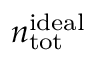
n _ { \mathrm { t o t } } ^ { \mathrm { i d e a l } }